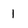
Character: 1